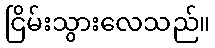
ငြိမ်းသွားလေသည်။